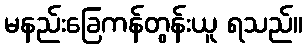
မနည်းခြေကန်တွန်းယူ ရသည်။